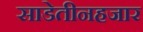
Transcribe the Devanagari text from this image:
साडेतीनहजार